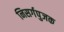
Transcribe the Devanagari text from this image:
निसर्गपुजक